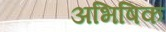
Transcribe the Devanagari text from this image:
अभिषिक